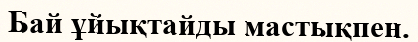
Бай ұйықтайды мастықпен.